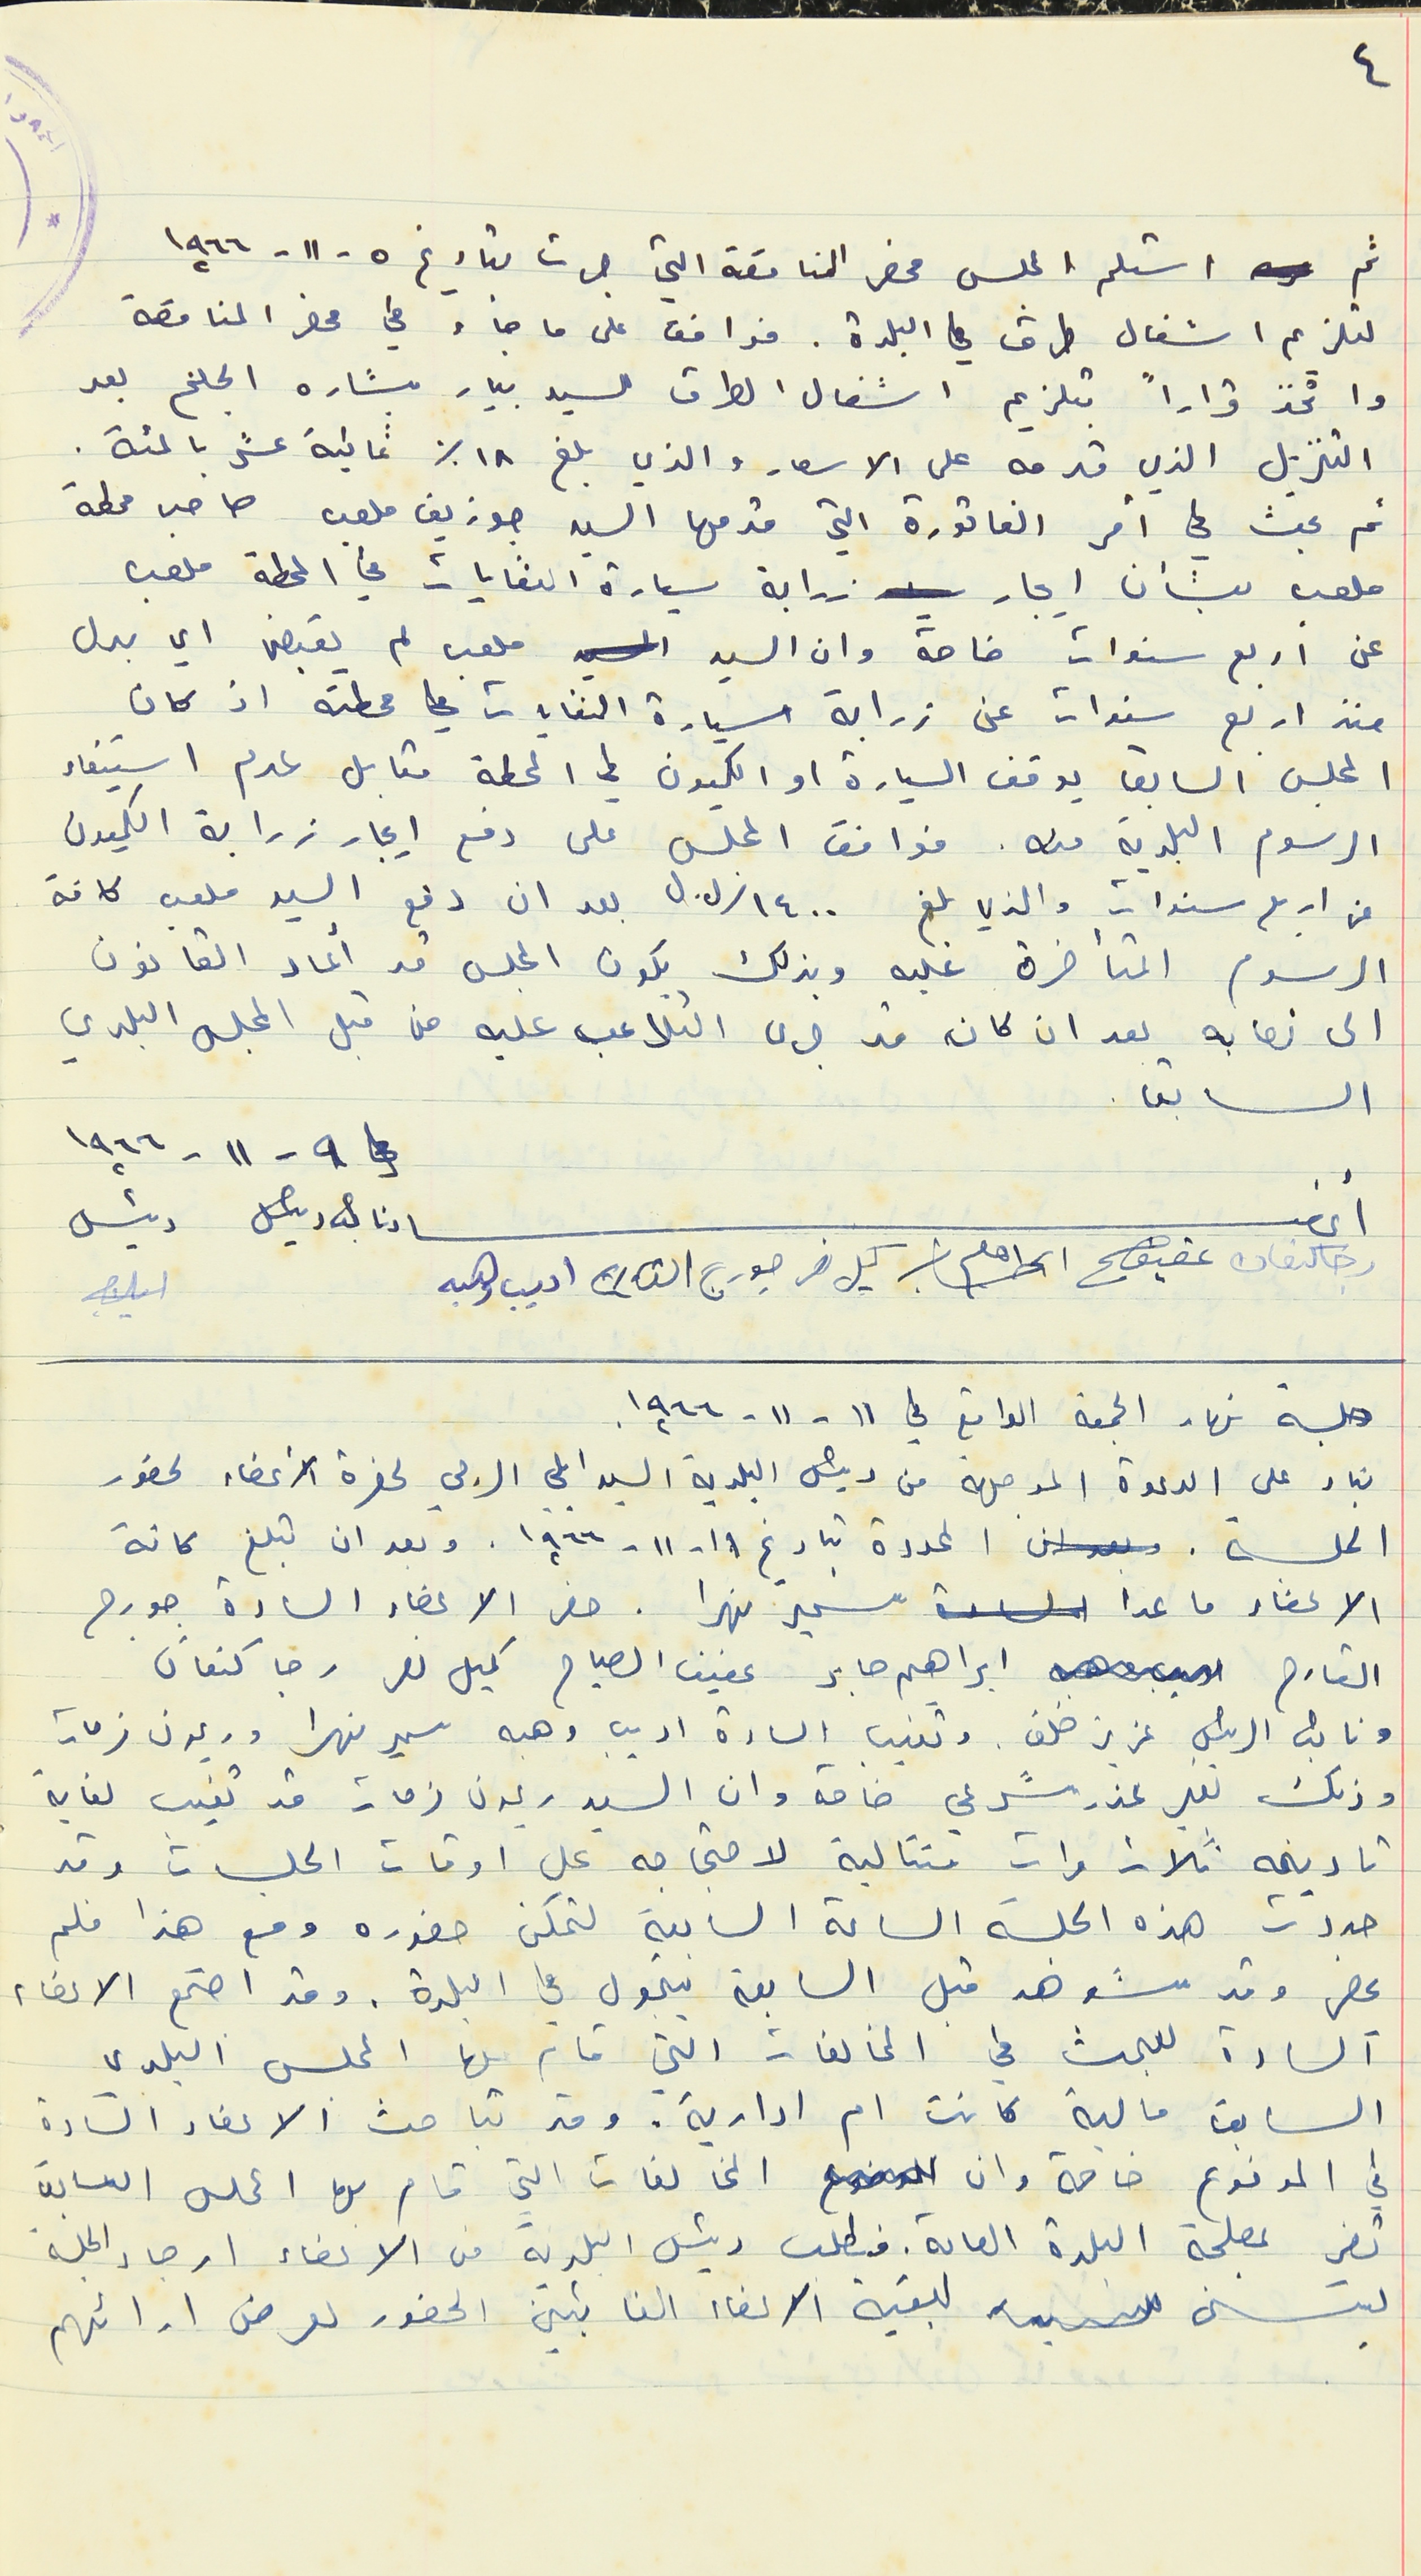
ثم استلم المجلس محضر المناقصة التي جرت بتاريخ ٥ - ١١ - ١٩٦٦
لتلزيم اشغال طرق في البلدة. فوافق على ما جاء في محضر المناقصة
واتخذ قراراً بتلزيم اشغال الطرق للسيد بيار بشاره الجلخ بعد
التنزيل الذي قدمه على الاسعار والذي بلغ ١٨ % ثمانية عشر بالمئة.
ثم بحث في امر الفاتورة التي قدمها السيد جوزيف ملعب صاحب محطة
ملعب بشأن ايجار زرابة سيارة النفايات في المحطة ملعب
عن اربع سنوات خاصة وان السيد ملعب لم يقبض اي بدل
منذ اربع سنوات عن زرابة سيارة النفايات في محطته اذ كان
المجلس السابق يوقف السيارة او الكميون في المحطة مقابل عدم استيفاء
الرسوم البلدية منه. فوافق المجلس على دفع ايجار زرابة الكميون
عن اربع سنوات والذي بلغ ١٤٠٠/ ل.ل بعد ان دفع السيد ملعب كافة
الرسوم المتأخرة عليه وبذلك يكون المجلس قد أعاد القانون
الى نصابه بعد ان كان قد جرى التلاعب عليه من قبل المجلس البلدي
السابق.
في ٩ - ١١ - ١٩٦٦
جلسة نهار الجمعة الواقع في ١١ - ١١ - ١٩٦٦
بناء على الدعوة الموجهة من رئيس البلدية السيد ايلي الرجي لحضرة الأعضاء لحضور
الجلسة. المحددة بتاريخ ١١- ١١ - ١٩٦٦. وبعد ان تبلغ كافة
الاعضاء ما عدا سمير نهرا. حضر الاعضاء السادة جورج
القارح ابراهيم صابر عفيف الصياح كميل نصر رجا كنعان.
ونائب الرئيس عزيز خلف. وتغيب السادة اديب وهبه سمير نهرا وريمون فرحات
وذلك بغير عذر شرعي خاصة وان السيد ريمون فرحات قد تغيب لغاية
تاريخه ثلاث مرات متتالية لاحتجاجه على اوقات الجلسات وقد
حددت هذه الجلسة الساعة السابعة لتمكن حضوره ومع هذا فلم
يحضر وقد شوهد قبل السابعة يتجول في البلدة. وقد اجتمع الاعضاء
السادة للبحث في المخالفات التي قام بها المجلس البلدي
السابق مالية كانت ام ادارية. وقد تباحث الاعضاء السادة
في المدفوع خاصة وان المخالفات التي قام بها المجلس السابق
تضر بمصلحة البلدة العامة. فيطلب رئيس البلدية من الاعضاء ارجاء الجلسة
ليتسنى لبقية الاعضاء الغائبين الحضور لعرض ارائهم
٤
أعضاء نائب رئيس رئيس
رجا كنعان عفيف ابراهيم كميل نصر جورج القارح اديب وهبه